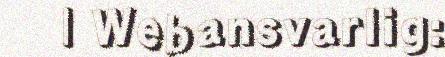
| Webansvarlig: